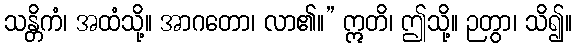
သန္တိကံ၊ အထံသို့။ အာဂတော၊ လာ၏။” ဣတိ၊ ဤသို့။ ဉတွာ၊ သိ၍။